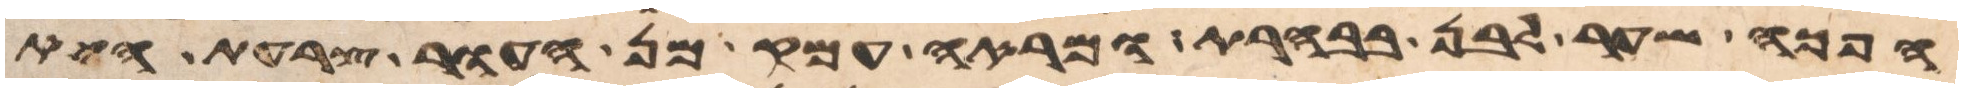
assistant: הפך שער לבן בבהרת ומראה עמק מן העור צרעת היא